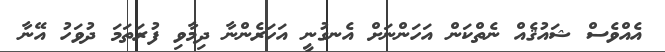
އެއްވެސް ޝައުޤެއް ނެތްކަން އަހަންނަށް އެނގުނީ އަހަރެންނާ ދިމާވި ފުރަތަމަ ދުވަހު އޭނާ